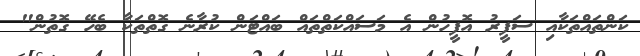
ކަންތައްތަކާއި ސަފީރު އޮފީހުން އެ މަސައްކަތްތައް ބައްޓަން ކުރާނެ ގޮތްތަކާ ބެހޭ ގޮތުން"